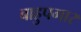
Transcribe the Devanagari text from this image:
बाहुपगार